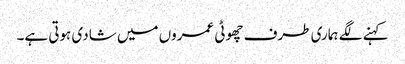
کہنے لگے ہماری طرف چھوٹی عمروں میں شادی ہوتی ہے۔